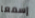
إسمعا